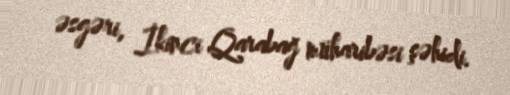
əsgəri, İkinci Qarabağ müharibəsi şəhidi.